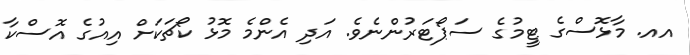
އއ. މާޅޮސްގެ ޓީމުގެ ސަޕޯޓަރުންނެވެ. އަދި އެންމެ މޮޅު ކޯޗަކަށް އިއުގެ އޮސްކާ